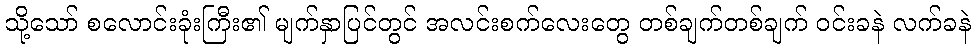
သို့သော် စလောင်းခုံးကြီး၏ မျက်နှာပြင်တွင် အလင်းစက်လေးတွေ တစ်ချက်တစ်ချက် ဝင်းခနဲ လက်ခနဲ